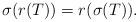
LaTeX: \begin{align*} \sigma(r(T))=r(\sigma(T)).\end{align*}